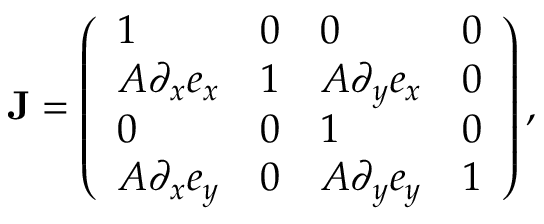
\mathbf { J } = \left( \begin{array} { l l l l } { 1 } & { 0 } & { 0 } & { 0 } \\ { A \partial _ { x } e _ { x } } & { 1 } & { A \partial _ { y } e _ { x } } & { 0 } \\ { 0 } & { 0 } & { 1 } & { 0 } \\ { A \partial _ { x } e _ { y } } & { 0 } & { A \partial _ { y } e _ { y } } & { 1 } \end{array} \right) ,